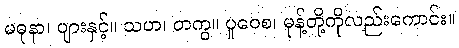
မဓုနာ၊ ပျားနှင့်။ သဟ၊ တကွ။ ပူဝေစ၊ မုန့်တို့ကိုလည်းကောင်း။